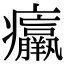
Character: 𤼘